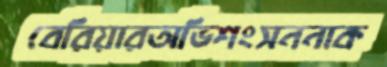
বেরিয়ারঅভিশংসননাক